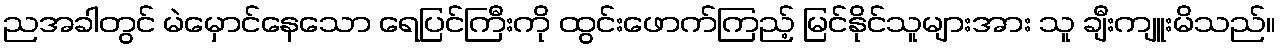
ညအခါတွင် မဲမှောင်နေသော ရေပြင်ကြီးကို ထွင်းဖောက်ကြည့် မြင်နိုင်သူများအား သူ ချီးကျူးမိသည်။